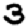
Digit: 3